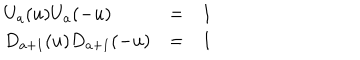
LaTeX: \begin{array} { l l l } { { U _ { a } ( u ) U _ { a } ( - u ) } } & { { = } } & { { 1 } } \\ { { D _ { a + 1 } ( u ) D _ { a + 1 } ( - u ) } } & { { = } } & { { 1 } } \\ \end{array} \;